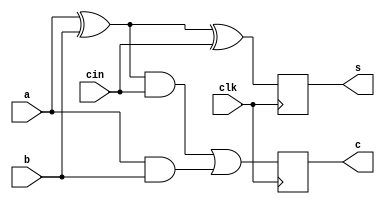
module f_adder(a,b,cin,clk,s,c);
input  a,b,clk,cin;
reg t1,t2,t3;
output reg s,c;
always@(posedge clk)
begin
t1=a^b;
s=t1^cin;
t2=a&b;
t3=t1&cin;
c=t3|t2;
end
endmodule